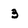
Character: 3